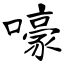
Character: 嚎